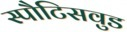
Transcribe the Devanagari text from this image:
स्पौटिसवुड